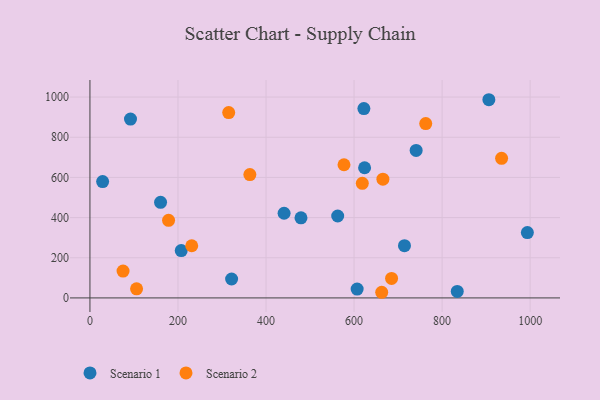
{"axis": {"x": "Study Hours", "y": "Exam Score"}, "legend": ["Scenario 1", "Scenario 2"], "data": [{"x": "92.1", "y": 890.4, "type": "Scenario 1"}, {"x": "207.4", "y": 235.8, "type": "Scenario 1"}, {"x": "623.9", "y": 648.2, "type": "Scenario 1"}, {"x": "321.8", "y": 94.2, "type": "Scenario 1"}, {"x": "479.4", "y": 398.7, "type": "Scenario 1"}, {"x": "441.0", "y": 421.6, "type": "Scenario 1"}, {"x": "834.4", "y": 32.2, "type": "Scenario 1"}, {"x": "741.0", "y": 734.4, "type": "Scenario 1"}, {"x": "622.3", "y": 942.6, "type": "Scenario 1"}, {"x": "714.5", "y": 259.9, "type": "Scenario 1"}, {"x": "28.8", "y": 579.2, "type": "Scenario 1"}, {"x": "906.2", "y": 986.8, "type": "Scenario 1"}, {"x": "993.7", "y": 325.4, "type": "Scenario 1"}, {"x": "607.0", "y": 44.0, "type": "Scenario 1"}, {"x": "562.8", "y": 407.9, "type": "Scenario 1"}, {"x": "160.4", "y": 475.8, "type": "Scenario 1"}, {"x": "618.7", "y": 570.7, "type": "Scenario 2"}, {"x": "231.2", "y": 259.8, "type": "Scenario 2"}, {"x": "105.9", "y": 45.5, "type": "Scenario 2"}, {"x": "662.8", "y": 28.1, "type": "Scenario 2"}, {"x": "665.5", "y": 591.1, "type": "Scenario 2"}, {"x": "762.8", "y": 867.9, "type": "Scenario 2"}, {"x": "577.1", "y": 663.1, "type": "Scenario 2"}, {"x": "935.1", "y": 695.1, "type": "Scenario 2"}, {"x": "178.6", "y": 386.4, "type": "Scenario 2"}, {"x": "363.3", "y": 614.1, "type": "Scenario 2"}, {"x": "685.2", "y": 97.1, "type": "Scenario 2"}, {"x": "75.2", "y": 133.6, "type": "Scenario 2"}, {"x": "315.2", "y": 923.0, "type": "Scenario 2"}]}